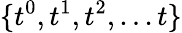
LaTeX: \{ t^{0},t^{1},t^{2},...t\}